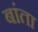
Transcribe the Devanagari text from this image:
बांता